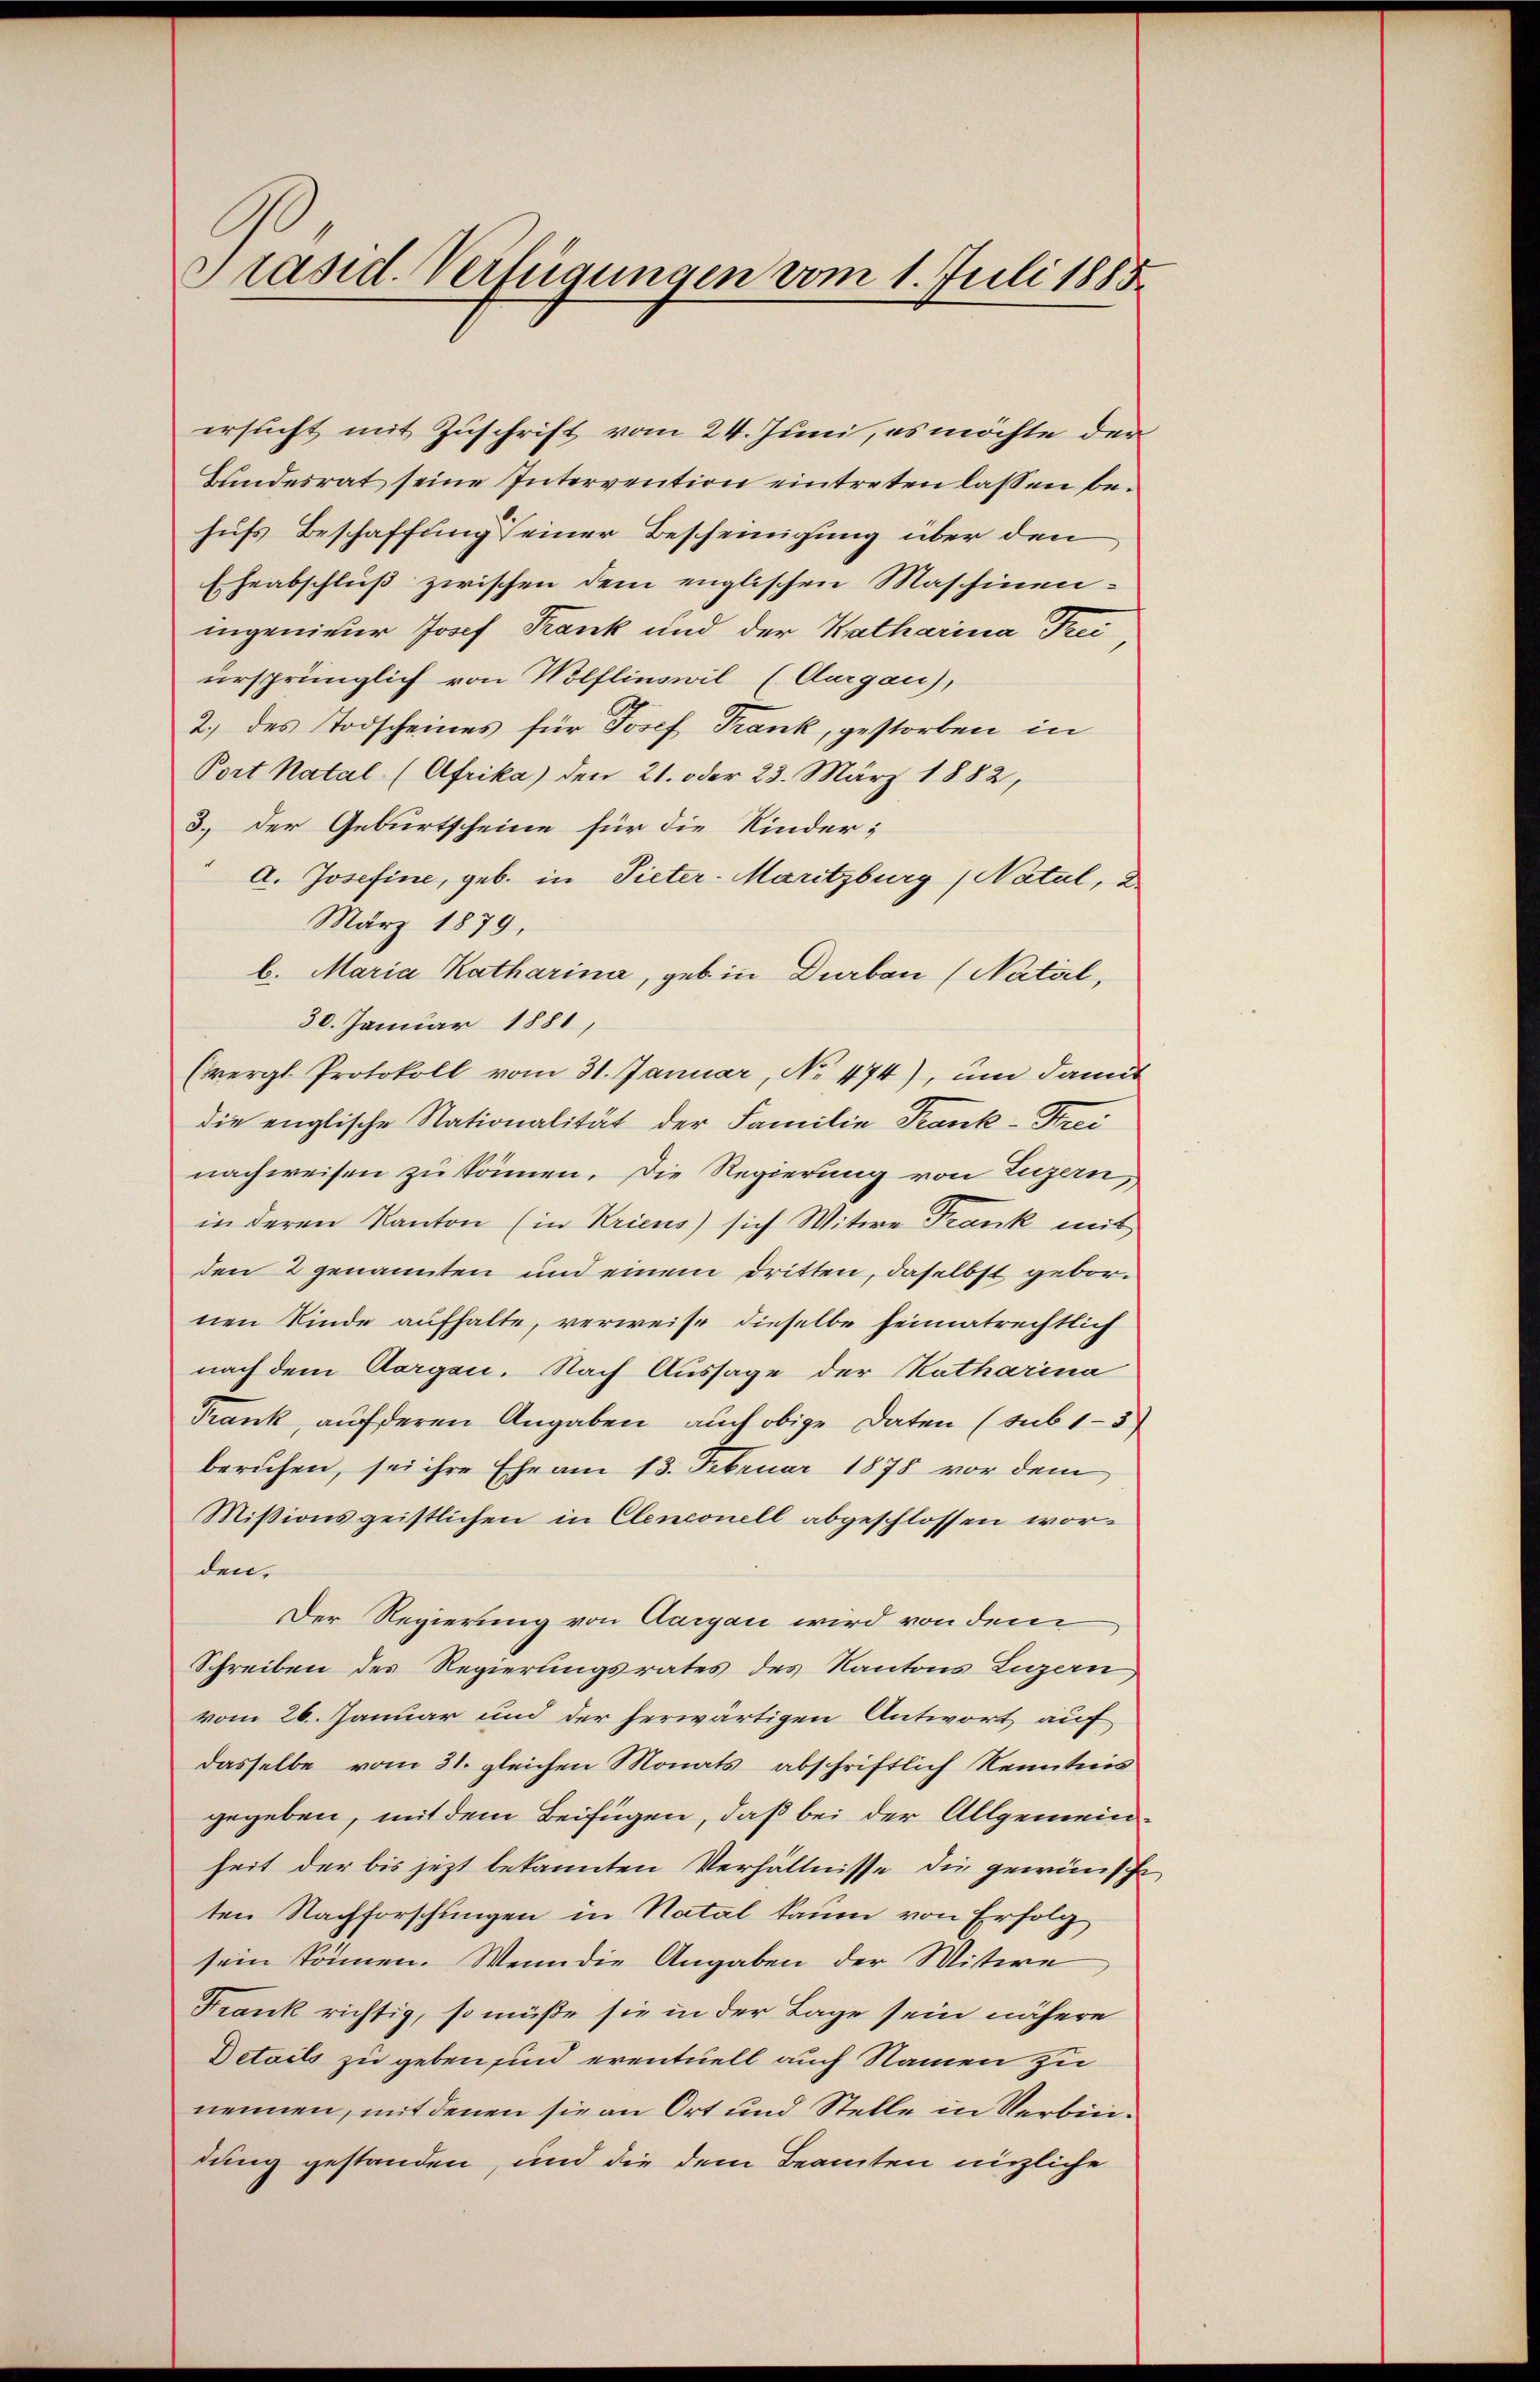
Präsid. Verfügungen vom 1. Juli 1885.

ersucht mit Zuschrift vom 24. Juni, es möchte der
Bundesrat seine Intervention eintreten lassen behufs Beschaffung einer Bescheinigung über den
Eheabschluß zwischen dem englischen Maschinen-
ingenieur Josef Frank und der Katharina Drei
ursprünglich von Wolflinswil (Aargau),
2.) des Todscheines für Josef Frank, gestorben in
Port Natal (Afrika) den 21. oder 23. März 1882,
3.) Der Geburtscheine für die Kinder-
a. Josefine, geb. in Pieter-Maritzburg, Natul, d
März 1879,
b. Maria Katharina, geb. in Durban (Natal,
30. Januar 1881,
(vergl. Protokoll vom 31. Januar, No. 474), um damit
die englische Nationalität der Familie Trank-Frei
nachweisen zu können. Die Regierung von Luzern,
in deren Kanton (in Kriens) sich Witwe Frank mit
den 2 genannten und einem dritten, daselbst gebornen Kinde aufhalte, verweise dieselbe heimatrechtlich
nach dem Aargen. Nach Aussage der Katharina
Frank, auf deren Angaben auch obige Daten (sub 1-3
beruhen, sei ihre Ehe am 13. Februar 1878 vor dem
Missionsgeistlichen in Clenconell abgeschlossen worden.
Der Regierung von Aargau wird von dem
Schreiben des Regierungsrates des Kantons Luzern,
vom 26. Januar und der herwärtigen Antwort auf
dasselbe vom 31. gleichen Monats abschriftlich Kenntnis
gegeben, mit dem Beifügen, daß bei der Allgemeinheit der bis jetzt bekannten Verhältnisse die gewünsche
ten Nachforschungen in Natal kaum von Erfolg
sein können. Wenn die Angaben der Mitwe
Frank richtig, so müße sie in der Lage sein nähere
Details zu geben sind eventuell auch Namen zu
nennen, mit denen sie an Ort und Stelle in Verbindung gestanden, und die dem Beamten nützliche